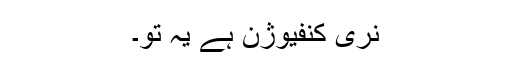
نری کنفیوژن ہے یہ تو۔